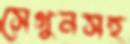
সেগুনসহ